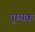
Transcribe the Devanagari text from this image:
पुष्‍पक